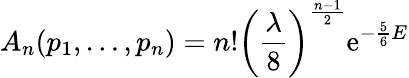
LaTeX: A_{n}(p_{1},\ldots,p_{n})=n!\left({\frac{\lambda}{8}}\right)^{\frac{n-1}{2}}\mathrm{e}^{-{\frac{5}{6}}E}